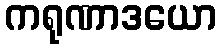
ကရုဏာဒယော